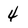
Character: 4